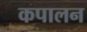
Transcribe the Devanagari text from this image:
कपालन